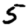
Digit: 5